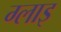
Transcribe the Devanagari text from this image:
ग्लाइ